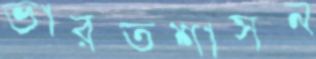
ভারতশাসন